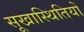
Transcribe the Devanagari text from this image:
सूखास्थितियों